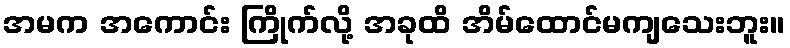
အမက အကောင်း ကြိုက်လို့ အခုထိ အိမ်ထောင်မကျသေးဘူး။